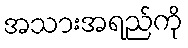
အသားအရည်ကို